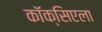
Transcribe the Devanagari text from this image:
कॉक्सिएला